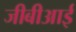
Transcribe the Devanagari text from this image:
जीबीआई